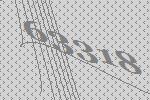
63318